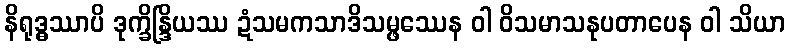
နိရုဒ္ဓဿာပိ ဒုက္ခိန္ဒြိယဿ ဍံသမကသာဒိသမ္ဖဿေန ဝါ ဝိသမာသနုပတာပေန ဝါ သိယာ